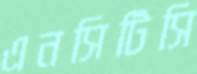
এনসিটিসি